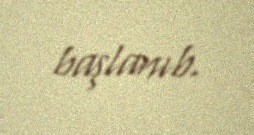
başlanıb.